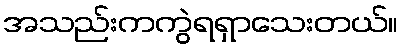
အသည်းကကွဲရရှာသေးတယ်။